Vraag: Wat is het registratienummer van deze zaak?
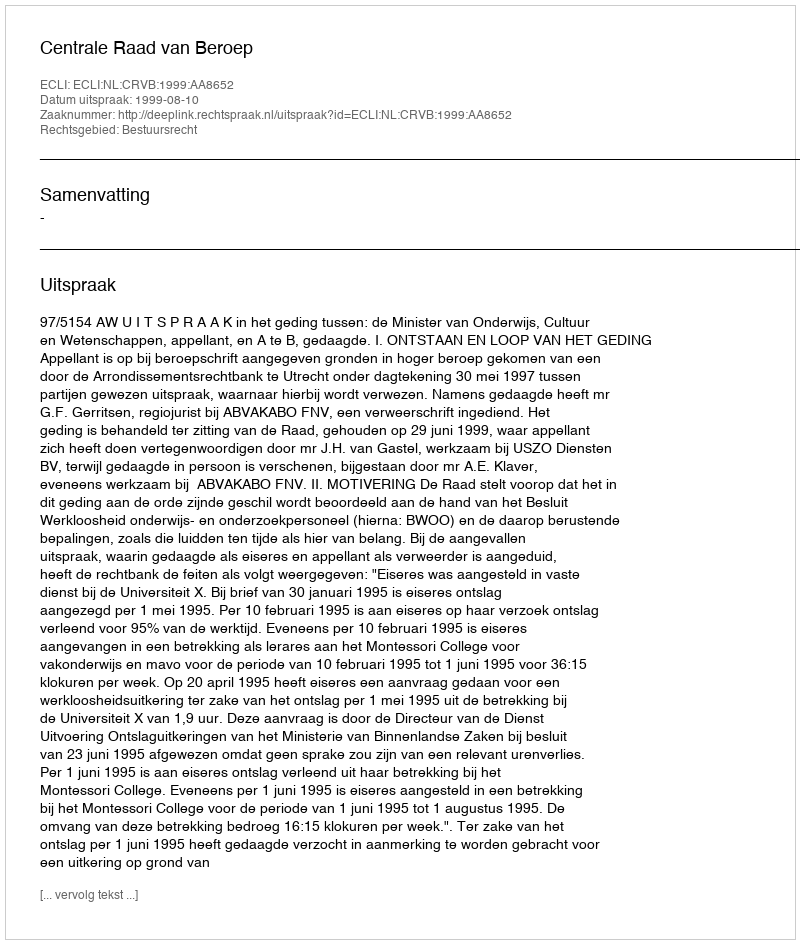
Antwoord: http://deeplink.rechtspraak.nl/uitspraak?id=ECLI:NL:CRVB:1999:AA8652